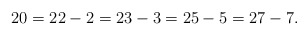
\begin{align*} 20 = 22 - 2 = 23 - 3 = 25 - 5 = 27 - 7.\end{align*}